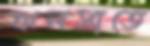
ঝলসাতে